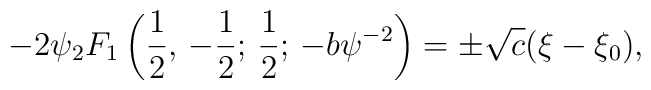
-2\psi{_{2}F_{1}}\left({1\over2},\,-{1\over2};\,{1\over2};\,-b\psi^{-2}\right)=\pm\sqrt{c}(\xi-\xi_0),